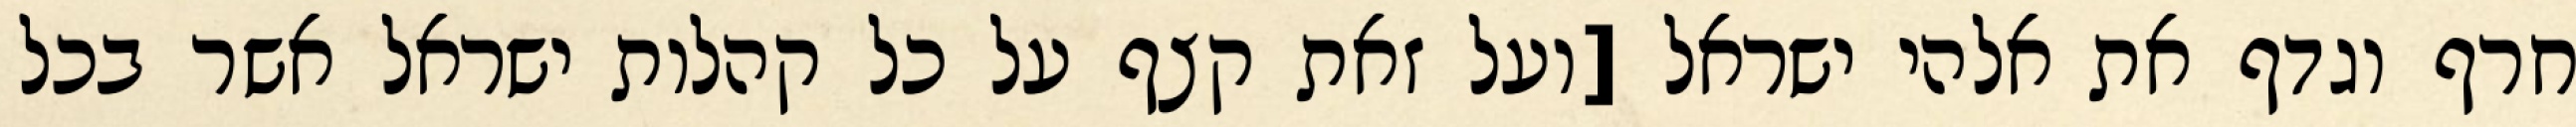
חרף וגדף את אלהי ישראל [ועל זאת קצף על כל קהלות ישראל אשר בכל